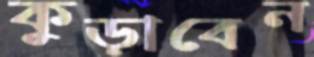
কুড়াবেন